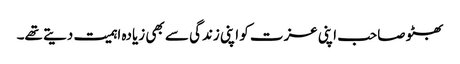
بھٹو صاحب اپنی عزت کو اپنی زندگی سے بھی زیادہ اہمیت دیتے تھے۔